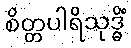
စိတ္တပါရိသုဒ္ဓိံ